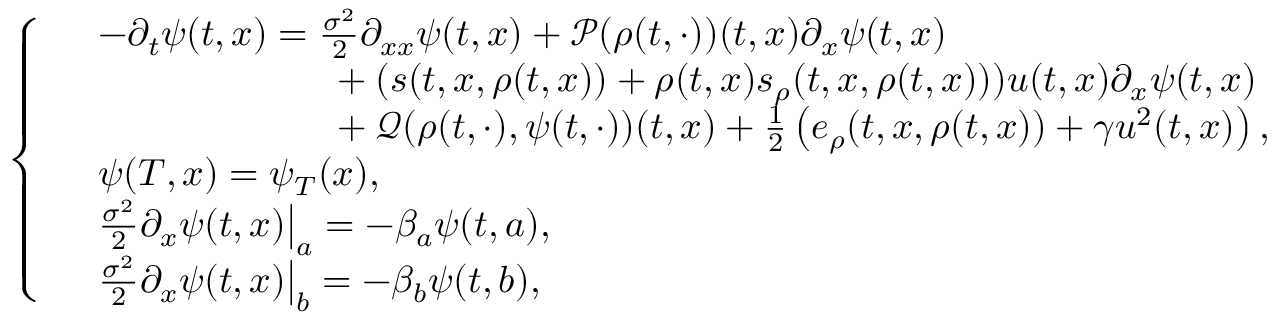
\left\{ \begin{array} { r l } & { - \partial _ { t } \psi ( t , x ) = \frac { \sigma ^ { 2 } } { 2 } \partial _ { x x } \psi ( t , x ) + \mathcal { P } ( \rho ( t , \cdot ) ) ( t , x ) \partial _ { x } \psi ( t , x ) } \\ & { \phantom { - \partial _ { t } \psi ( t , x ) = \; \; } + ( s ( t , x , \rho ( t , x ) ) + \rho ( t , x ) s _ { \rho } ( t , x , \rho ( t , x ) ) ) u ( t , x ) \partial _ { x } \psi ( t , x ) } \\ & { \phantom { - \partial _ { t } \psi ( t , x ) = \; \; } + \mathcal { Q } ( \rho ( t , \cdot ) , \psi ( t , \cdot ) ) ( t , x ) + \frac { 1 } { 2 } \left( e _ { \rho } ( t , x , \rho ( t , x ) ) + \gamma u ^ { 2 } ( t , x ) \right) , } \\ & { \psi ( T , x ) = \psi _ { T } ( x ) , } \\ & { \frac { \sigma ^ { 2 } } { 2 } \partial _ { x } \psi ( t , x ) \big | _ { a } = - \beta _ { a } \psi ( t , a ) , } \\ & { \frac { \sigma ^ { 2 } } { 2 } \partial _ { x } \psi ( t , x ) \big | _ { b } = - \beta _ { b } \psi ( t , b ) , } \end{array} \right.